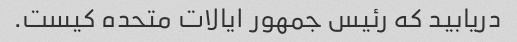
دریابید که رئیس جمهور ایالات متحده کیست.